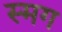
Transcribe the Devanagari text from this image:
स्मग